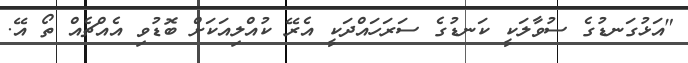
"އަޅުގަނޑުގެ ސުވާލަކީ ކަނޑުގެ ސަރަހައްދަކީ އެރޭ ކުއްލިއަކަށް ބޮޑުވި އެއްޗެއް ތޯ އޭ.